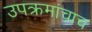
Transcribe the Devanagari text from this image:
उपक्रमांचाच